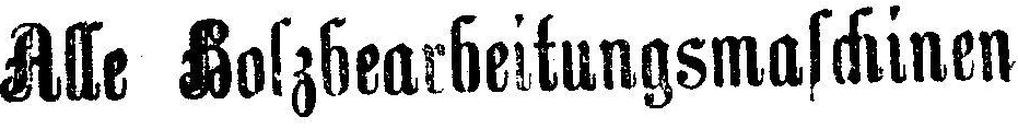
Alle Holzbearbeitungsmaschinen